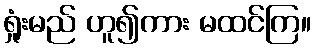
ရှုံးမည် ဟူ၍ကား မထင်ကြ။